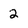
Character: 2